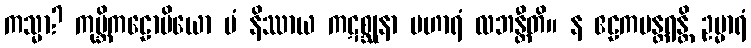
ကသ္မာ? ကုမ္ဘိကဠောပိယော မံ နိဿာယ ကဋစ္ဆုနာ ပဟာရံ လဘန္တီတိ။ န ဧဠကမန္တရန္တိ ဥမ္မာရံ